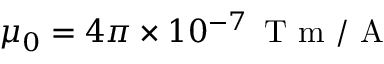
\mu _ { 0 } = 4 \pi \times 1 0 ^ { - 7 } \, \mathrm { ~ T ~ m ~ / ~ A ~ }